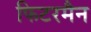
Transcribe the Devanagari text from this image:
फिटरमैन